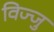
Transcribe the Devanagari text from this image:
विज्जु